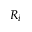
R _ { i }